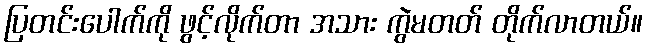
ပြတင်းပေါက်ကို ဖွင့်လိုက်တာ အသား ကွဲမတတ် တိုက်လာတယ်။